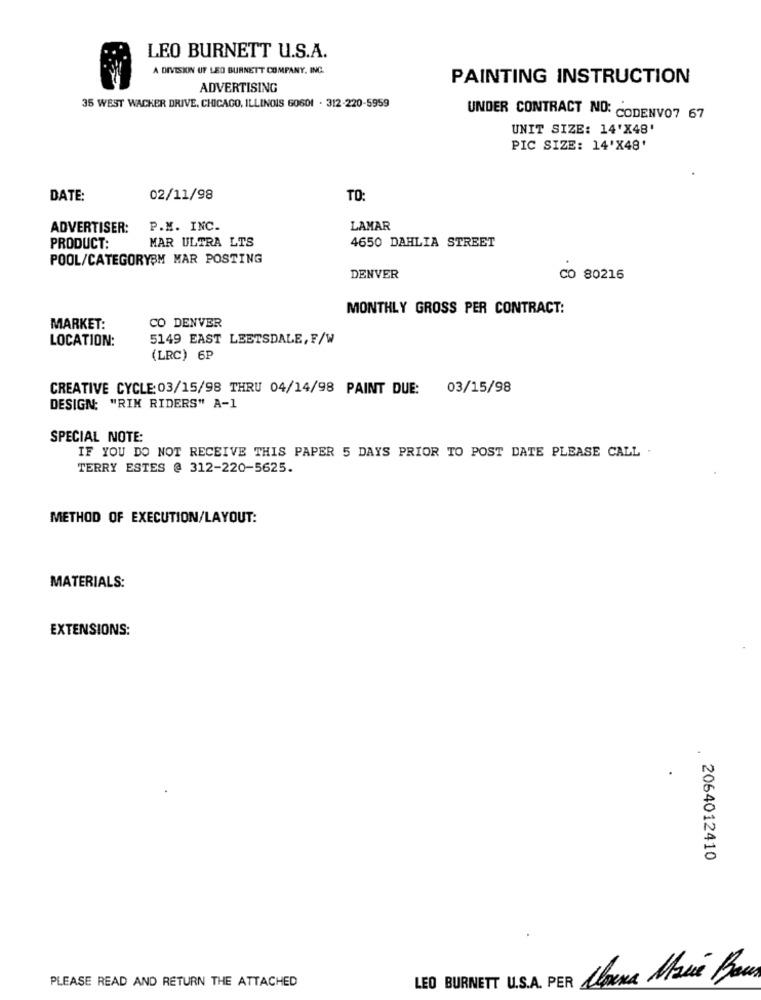
LEO BURNETT U.S.A.
A DIVISION UF LEO BURNETT COMPANY, INC.
PAINTING INSTRUCTION
ADVERTISING
35 WEST WACKER DRIVE, CHICAGO, ILLINOIS 60601 . 312-220-5959
UNDER CONTRACT NO: CODENVO7 67
UNIT SIZE: 14'X48'
PIC SIZE: 14'X48'
DATE:
02/11/98
TO:
ADVERTISER:
P.M. INC.
LAMAR
MAR ULTRA LTS
PRODUCT:
4650 DAHLIA STREET
POOL/CATEGORYBM MAR POSTING
DENVER
CO 80216
MONTHLY GROSS PER CONTRACT:
CO DENVER
MARKET:
LOCATION:
5149 EAST LEETSDALE, F/W
(LRC) 6P
CREATIVE CYCLE: 03/15/98 THRU 04/14/98 PAINT DUE: 03/15/98
DESIGN: "RIM RIDERS" A-1
SPECIAL NOTE:
IF YOU DO NOT RECEIVE THIS PAPER 5 DAYS PRIOR TO POST DATE PLEASE CALL .
TERRY ESTES @ 312-220-5625.
METHOD OF EXECUTION/LAYOUT:
MATERIALS:
EXTENSIONS:
2064012410
PLEASE READ AND RETURN THE ATTACHED
LEO BURNETT U.S.A. PER Moura Maue Brous